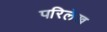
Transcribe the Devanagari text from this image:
परिलेख